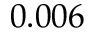
0 . 0 0 6